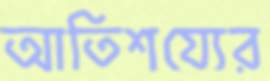
আতিশয্যের